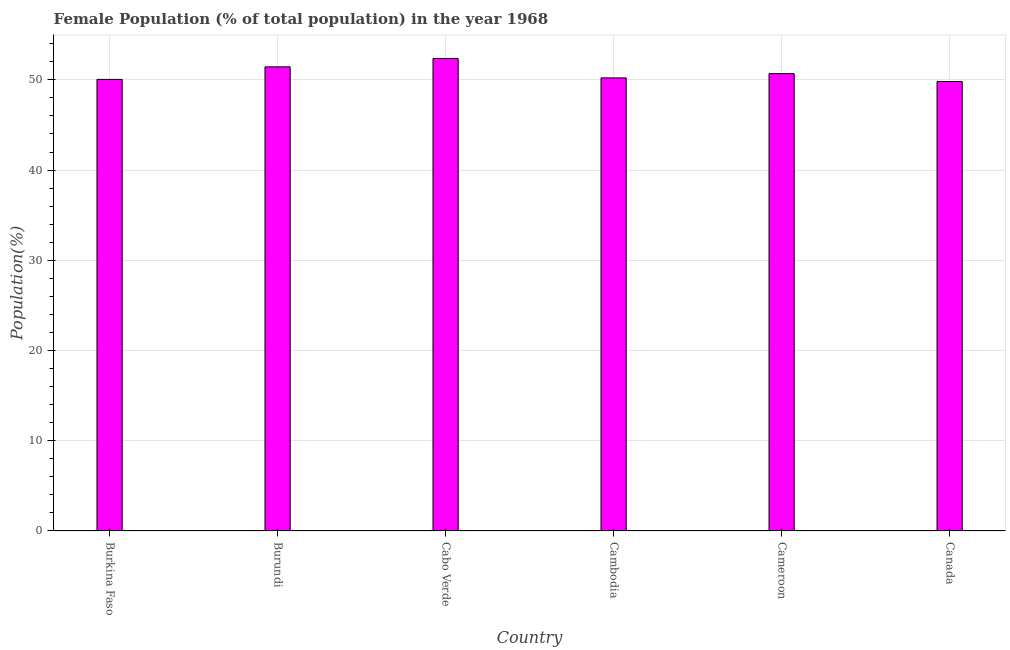
| Country | Female |
 | --- | --- |
 | Burkina Faso | 50 |
 | Burundi | 51.4 |
 | Cabo Verde | 52.4 |
 | Cambodia | 50.2 |
 | Cameroon | 50.7 |
 | Canada | 49.8 |